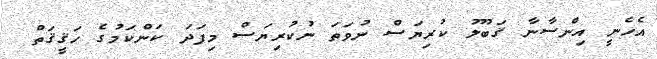
އެހެނީ އިންސާނާ ޤަބޫލު ކުރިޔަސް ނުވަތަ ނުކުރިޔަސް މިފަދަ ކަންކަމުގެ ޙަޤީޤަތް